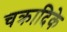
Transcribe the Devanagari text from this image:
चक्रादिके